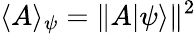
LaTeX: \langle A\rangle_{\psi}=\| A|\psi\rangle\| ^{2}